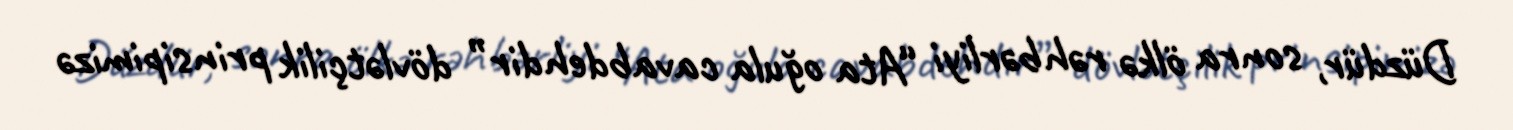
Düzdür, sonra ölkə rəhbərliyi “Ata oğula cavabdehdir” dövlətçilik prinsipimizə